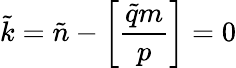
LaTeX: \tilde{k}=\tilde{n}-\left[{\frac{\tilde{q}m}{p}}\right]=0